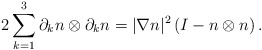
\begin{align*}2 \sum_{k=1}^3 \partial_k n \otimes \partial_k n = |\nabla n|^2 \left(I-n \otimes n\right).\end{align*}